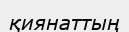
қиянаттың